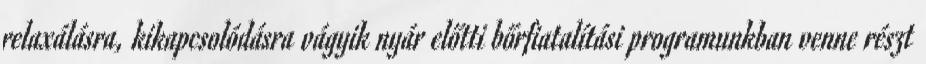
relaxálásra, kikapcsolódásra vágyik nyár előtti bőrfiatalítási programunkban venne részt